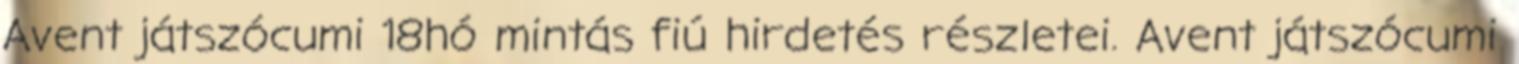
Avent játszócumi 18hó mintás fiú hirdetés részletei. Avent játszócumi